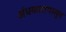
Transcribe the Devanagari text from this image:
अंधकारापासून